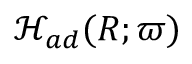
\mathcal { H } _ { a d } ( R ; \boldsymbol { \varpi } )